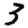
Digit: 3